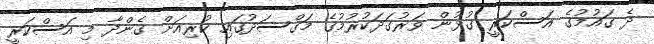
ދެ ގައުމުގެ އަސްކަރީ ގުޅުން ވަރުގަދަކުރުމުގެ މަގްސަދުގައި ކުރިއަށް ގެންދާ މި އަސްކަރީ